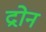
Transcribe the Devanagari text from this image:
द्रोन